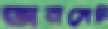
অনসেট